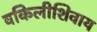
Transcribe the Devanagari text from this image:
वकिलीशिवाय